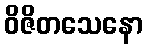
ဝိဇိတသေနော